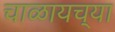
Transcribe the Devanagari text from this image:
चाळायच्या